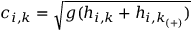
c _ { i , k } = \sqrt { g ( h _ { i , k } + h _ { i , k _ { ( + ) } } ) }